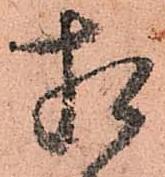
相